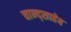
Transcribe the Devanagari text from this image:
चान्द्साहेब